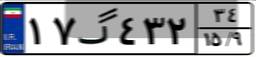
۶۰گ۳۳۸۸۹